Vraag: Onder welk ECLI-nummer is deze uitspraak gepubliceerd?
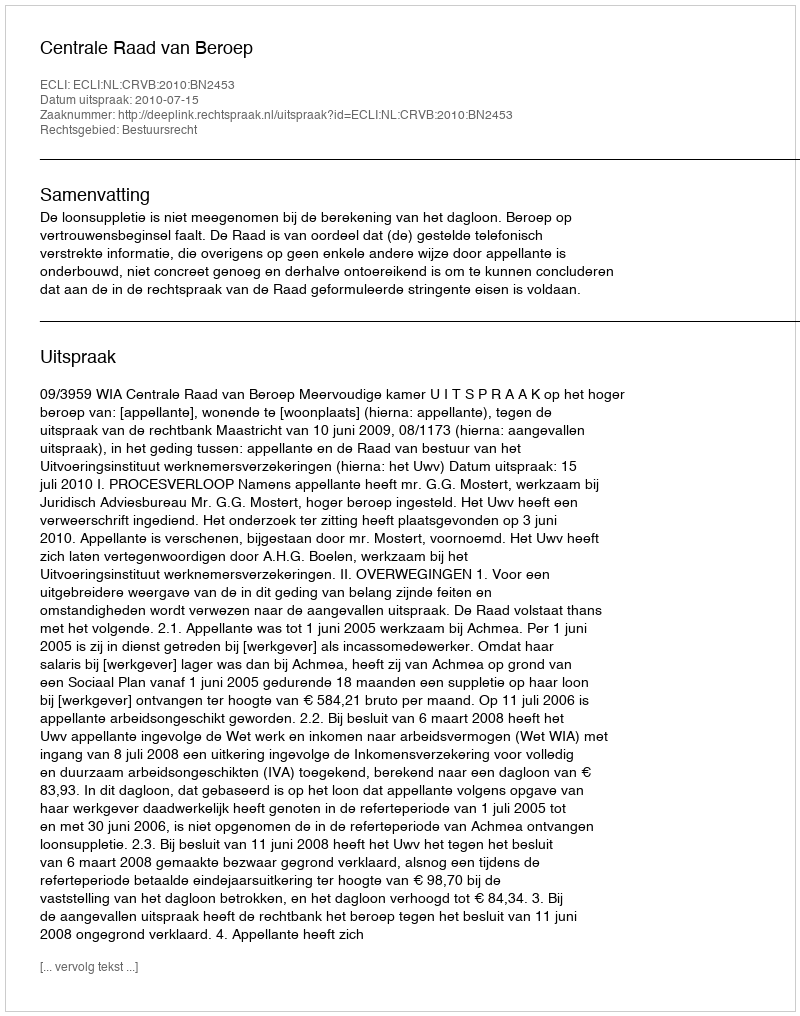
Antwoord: ECLI:NL:CRVB:2010:BN2453